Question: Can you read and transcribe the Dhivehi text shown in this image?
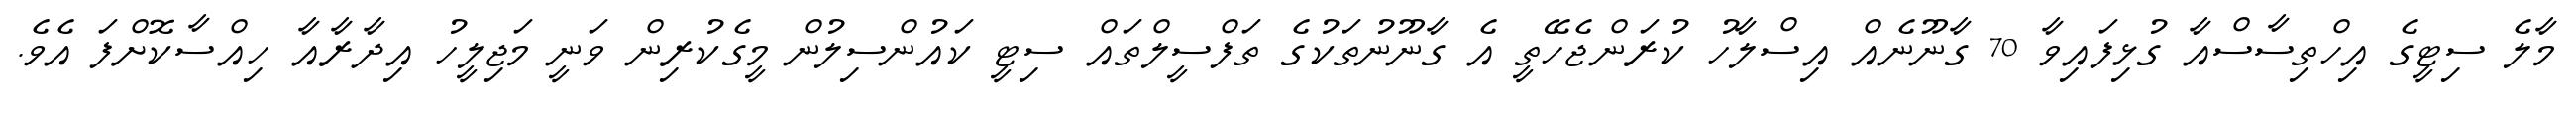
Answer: މާލެ ސިޓީގެ އިހްތިސާސްއާ ގުޅިފައިވާ 70 ގާނޫނެއް އިސްލާހު ކުރަންޖެހޭތީ އެ ގާނޫނުތަކުގެ ތަފްސީލްތައް ސިޓީ ކައުންސިލުން މީގެކުރިން ވަނީ މަޖިލީހު އިދާރާއާ ހިއްސާކޮށްފަ އެވެ.